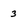
Character: 3